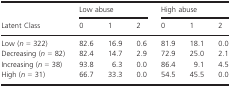
| <ROWSPAN=2> Latent Class | <COLSPAN=3> Low abuse | <COLSPAN=3> High abuse |
 | 0 | 1 | 2 | 0 | 1 | 2 |
 | --- | --- | --- | --- | --- | --- | --- |
 | Low (n = 322) | 82.6 | 16.9 | 0.6 | 81.9 | 18.1 | 0.0 |
 | Decreasing (n = 82) | 82.4 | 14.7 | 2.9 | 72.9 | 25.0 | 2.1 |
 | Increasing (n = 38) | 93.8 | 6.3 | 0.0 | 86.4 | 9.1 | 4.5 |
 | High (n = 31) | 66.7 | 33.3 | 0.0 | 54.5 | 45.5 | 0.0 |